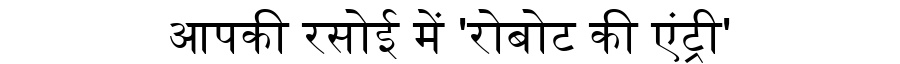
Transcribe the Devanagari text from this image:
आपकी रसोई में 'रोबोट की एंट्री'